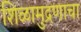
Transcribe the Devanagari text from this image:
शिळामुद्रणाचा